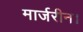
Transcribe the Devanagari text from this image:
मार्जरीन।